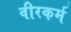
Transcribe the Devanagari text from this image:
वीरकर्म